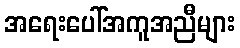
အရေးပေါ်အကူအညီများ